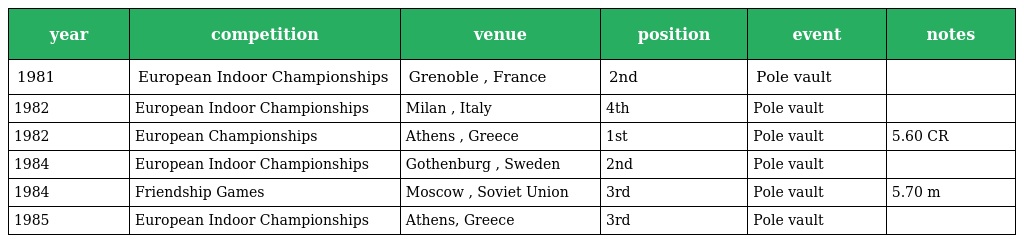
| year | competition | venue | position | event | notes |
 | --- | --- | --- | --- | --- | --- |
 | 1981 | European Indoor Championships | Grenoble , France | 2nd | Pole vault |  |
 | 1982 | European Indoor Championships | Milan , Italy | 4th | Pole vault |  |
 | 1982 | European Championships | Athens , Greece | 1st | Pole vault | 5.60 CR |
 | 1984 | European Indoor Championships | Gothenburg , Sweden | 2nd | Pole vault |  |
 | 1984 | Friendship Games | Moscow , Soviet Union | 3rd | Pole vault | 5.70 m |
 | 1985 | European Indoor Championships | Athens, Greece | 3rd | Pole vault |  |